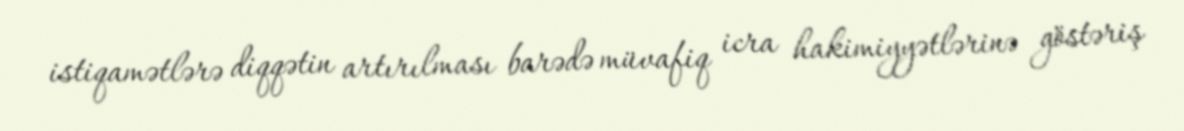
istiqamətlərə diqqətin artırılması barədə müvafiq icra hakimiyyətlərinə göstəriş